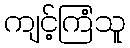
ကျင့်ကြံသူ